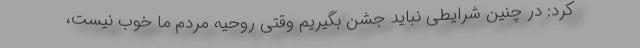
کرد: در چنین شرایطی نباید جشن بگیریم وقتی روحیه مردم ما خوب نیست،